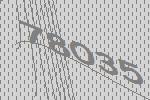
78035